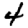
Digit: 4